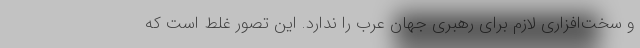
و سخت‌افزاری لازم برای رهبری جهان عرب را ندارد. این تصور غلط است که